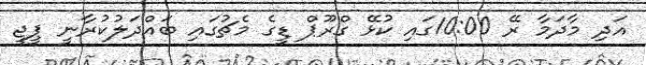
އަދި މާދަމާ ރޭ 10:00ގައި ކުޅޭ ގްރޫޕް ޑީގެ މެޗުގައި ބައްދަލުކުރާނީ ޕީޖީ